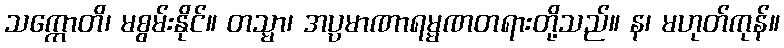
သက္ကောတိ၊ မစွမ်းနိုင်။ တသ္မာ၊ အပ္ပမာဏာရမ္မဏတရားတို့သည်။ န၊ မဟုတ်ကုန်။